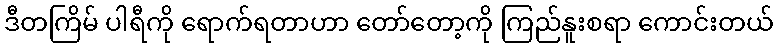
ဒီတကြိမ် ပါရီကို ရောက်ရတာဟာ တော်တော့ကို ကြည်နူးစရာ ကောင်းတယ်